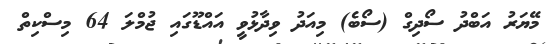
މޭޔަރު އަބްދު ސޯދިގް (ސޯބެ) މިއަދު ވިދާޅުވީ އައްޑޫގައި ޖުމްލަ 64 މިސްކިތް